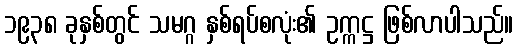
၁၉၃၈ ခုနှစ်တွင် သမဂ္ဂ နှစ်ရပ်စလုံး၏ ဥက္ကဋ္ဌ ဖြစ်လာပါသည်။